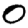
Digit: 0